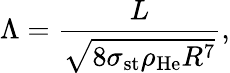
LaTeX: \Lambda=\frac{L}{\sqrt{8\sigma_{\mathrm{st}}\rho_{\mathrm{He}}R^{7}}},